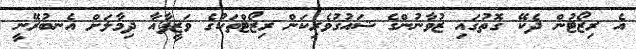
އެ ރިޒޯޓުން ދެކޭ ގޮތުގައި ޒުވާނުންގެ ޝައުގުވެރިކަން ރިޒޯޓްތަކުގެ ވަޒީފާއާ ދިމާލަށް އެނބުރޭނީ